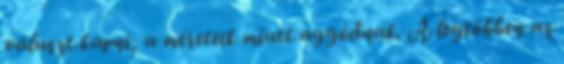
választ kapni, a méreteik miatt aggódnak. A legtöbben az